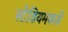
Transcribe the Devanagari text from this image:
स्टेडियमकडे